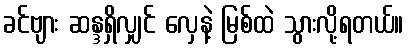
ခင်ဗျား ဆန္ဒရှိလျှင် လှေနဲ့ မြစ်ထဲ သွားလို့ရတယ်။